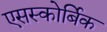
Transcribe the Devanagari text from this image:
एसस्कोर्बिक